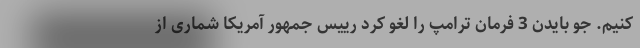
کنیم. جو بایدن 3 فرمان ترامپ را لغو کرد رییس جمهور آمریکا شماری از